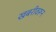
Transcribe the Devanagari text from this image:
खबरीवरून